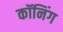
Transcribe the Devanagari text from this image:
कॉनिंग